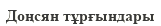
Доңсян тұрғындары